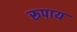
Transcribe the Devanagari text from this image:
रूपाय